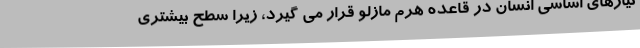
نیازهای اساسی انسان در قاعده هرم مازلو قرار می گیرد، زیرا سطح بیشتری